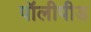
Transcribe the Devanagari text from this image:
पॉलीपीड